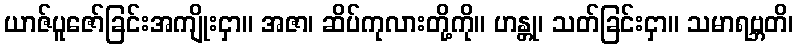
ယာဇ်ပူဇော်ခြင်းအကျိုးငှာ။ အဇာ၊ ဆိပ်ကုလားတို့ကို။ ဟန္တု၊ သတ်ခြင်းငှာ။ သမာရဗ္ဘတိ၊